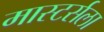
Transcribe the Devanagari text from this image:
मास्टर्सला